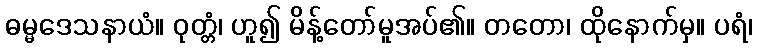
ဓမ္မဒေသနာယံ။ ဝုတ္တံ၊ ဟူ၍ မိန့်တော်မူအပ်၏။ တတော၊ ထိုနောက်မှ။ ပရံ၊